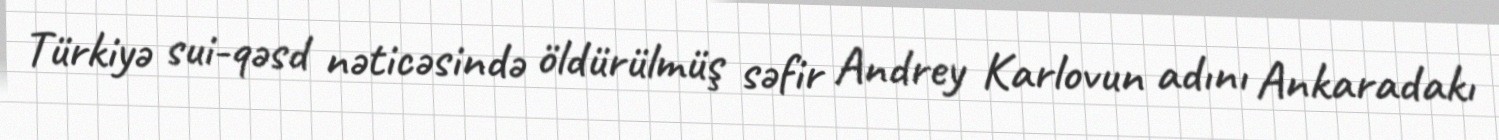
Türkiyə sui-qəsd nəticəsində öldürülmüş səfir Andrey Karlovun adını Ankaradakı